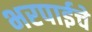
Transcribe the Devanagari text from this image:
भरपाईचे